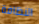
النظافة